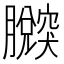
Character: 𦢴